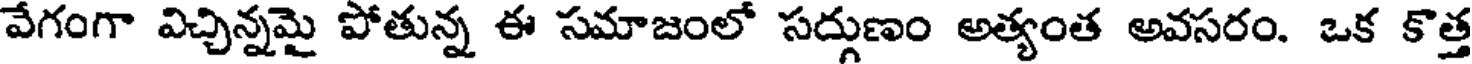
వేగంగా విచ్చిన్నమై పోతున్న ఈ సమాజంలో సద్గుణం అత్యంత అవసరం. ఒక కొత్త